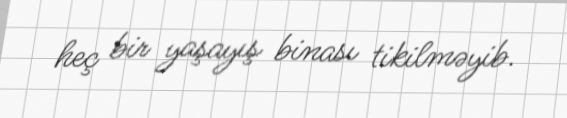
heç bir yaşayış binası tikilməyib.